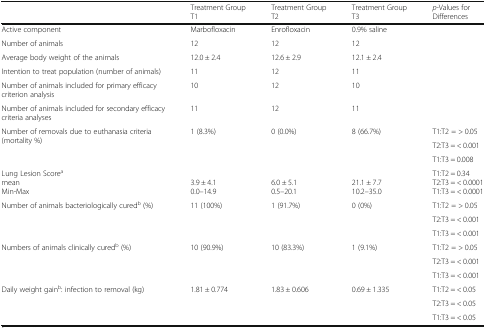
|  | Treatment Group T1 | Treatment Group T2 | Treatment Group T3 | p-Values for Differences |
 | --- | --- | --- | --- | --- |
 | Active component | Marbofloxacin | Enrofloxacin | 0.9% saline |  |
 | Number of animals | 12 | 12 | 12 |  |
 | Average body weight of the animals | 12.0 ± 2.4 | 12.6 ± 2.9 | 12.1 ± 2.4 |  |
 | Intention to treat population (number of animals) | 11 | 12 | 11 |  |
 | Number of animals included for primary efficacy criterion analysis | 10 | 12 | 10 |  |
 | Number of animals included for secondary efficacy criteria analyses | 11 | 12 | 11 |  |
 | <ROWSPAN=3> Number of removals due to euthanasia criteria (mortality %) | <ROWSPAN=3> 1 (8.3%) | <ROWSPAN=3> 0 (0.0%) | <ROWSPAN=3> 8 (66.7%) | T1:T2 = > 0.05 |
 | T2:T3 = < 0.001 |
 | T1:T3 = 0.008 |
 | Lung Lesion ScoreameanMin-Max | 3.9 ± 4.10.0–14.9 | 6.0 ± 5.10.5–20.1 | 21.1 ± 7.710.2–35.0 | T1:T2 = 0.34T2:T3 = < 0.0001T1:T3 = < 0.0001 |
 | <ROWSPAN=3> Number of animals bacteriologically curedb (%) | <ROWSPAN=3> 11 (100%) | <ROWSPAN=3> 1 (91.7%) | <ROWSPAN=3> 0 (0%) | T1:T2 = > 0.05 |
 | T2:T3 = < 0.001 |
 | T1:T3 = < 0.001 |
 | <ROWSPAN=3> Numbers of animals clinically curedb (%) | <ROWSPAN=3> 10 (90.9%) | <ROWSPAN=3> 10 (83.3%) | <ROWSPAN=3> 1 (9.1%) | T1:T2 = > 0.05 |
 | T2:T3 = < 0.001 |
 | T1:T3 = < 0.001 |
 | <ROWSPAN=3> Daily weight gainb: infection to removal (kg) | <ROWSPAN=3> 1.81 ± 0.774 | <ROWSPAN=3> 1.83 ± 0.606 | <ROWSPAN=3> 0.69 ± 1.335 | T1:T2 = < 0.05 |
 | T2:T3 = < 0.05 |
 | T1:T3 = < 0.05 |